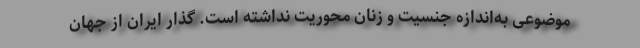
موضوعی به‌اندازه جنسیت و زنان محوریت نداشته است. گذار ایران از جهان